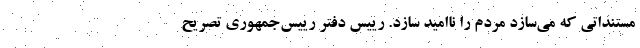
مستنداتی که می‌سازد مردم را ناامید سازد. رییس دفتر رییس‌جمهوری تصریح